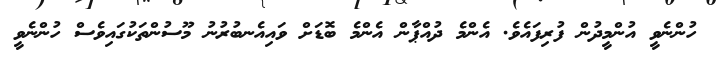
ހުންނެވީ އުންމީދުން ފުރިފައެވެ. އެންމެ ދުއްޕާން އެންމެ ބޮޑަށް ވައިއެނބުރުނު މޫސުންތަކުގައިވެސް ހުންނެވީ